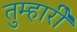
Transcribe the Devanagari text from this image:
तुम्हारीे